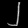
Digit: ၂